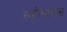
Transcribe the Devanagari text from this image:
स्मृतिग्रंथास